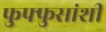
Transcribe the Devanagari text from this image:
फुफ्फुसांशी